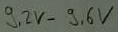
Text: 9,2V-9,6V